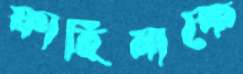
ফাহিমাকে